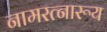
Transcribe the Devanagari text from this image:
नामरत्नारूय